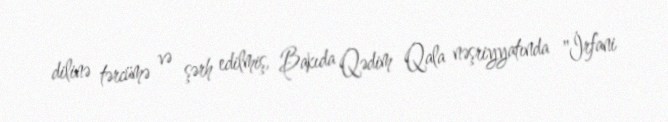
dilinə tərcümə və şərh edilmiş, Bakıda Qədim Qala nəşriyyatında "İrfani